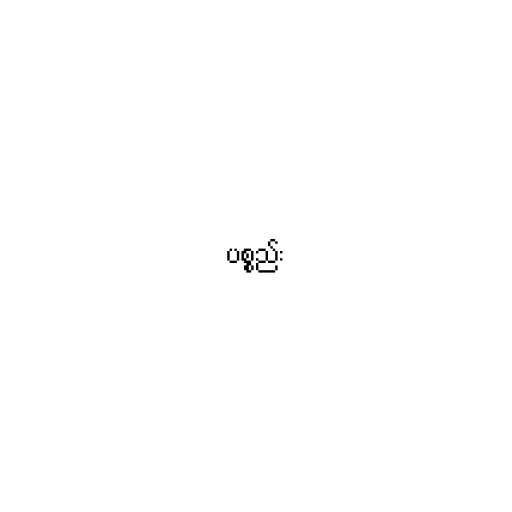
ပစ္စည်း